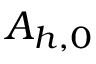
A _ { h , 0 }